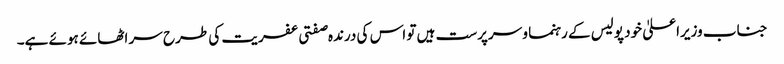
جناب وزیراعلیٰ خود پولیس کے رہنما و سرپرست ہیں تو اس کی درندہ صفتی عفریت کی طرح سر اٹھائے ہوئے ہے۔